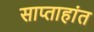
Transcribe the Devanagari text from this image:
साप्ताहांत